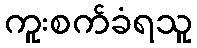
ကူးစက်ခံရသူ